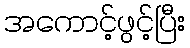
အကောင့်ဖွင့်ပြီး